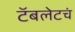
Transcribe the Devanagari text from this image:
टॅबलेटचं